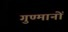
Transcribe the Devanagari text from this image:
गुण्मानों